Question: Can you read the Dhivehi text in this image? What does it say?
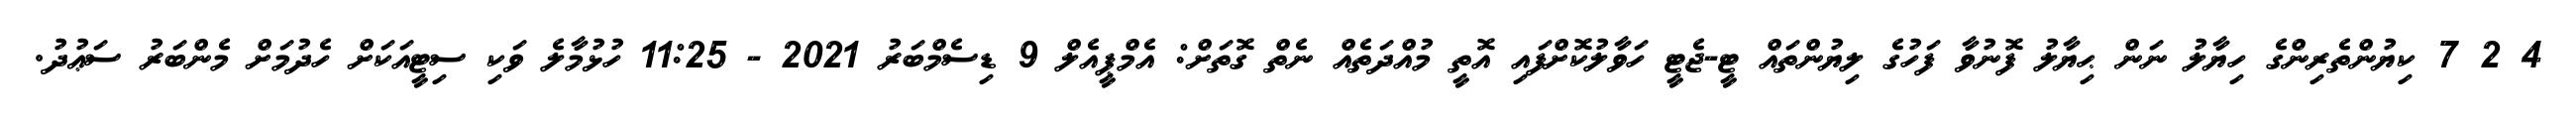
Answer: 4 2 7 ކިޔުންތެރިންގެ ހިޔާލު ނަން ޙިޔާލު ފޮނުވާ ފަހުގެ ލިޔުންތައް ޓީ-ޖެޓީ ހަވާލުކޮށްފައި އޮތީ މުއްދަތެއް ނެތް ގޮތަށް: އެމްޕީއެލް 9 ޑިސެމްބަރު 2021 - 11:25 ހުޅުމާލެ ވަކި ސިޓީއަކަށް ހެދުމަށް މެންބަރު ސަޢުދު.